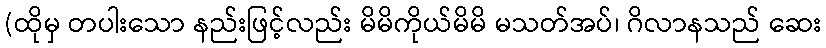
(ထိုမှ တပါးသော နည်းဖြင့်လည်း မိမိကိုယ်မိမိ မသတ်အပ်၊ ဂိလာနသည် ဆေး